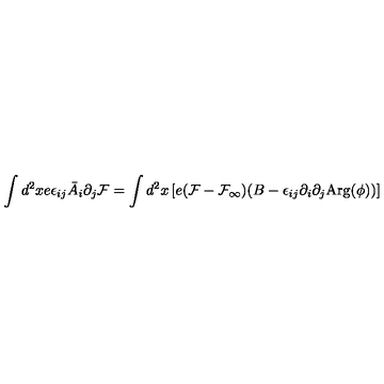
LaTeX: \int d ^ { 2 } x e \epsilon _ { i j } \bar { A } _ { i } \partial _ { j } { \cal F } = \int d ^ { 2 } x \left[ e ( { \cal F } - { \cal F _ { \infty } } ) ( B - \epsilon _ { i j } \partial _ { i } \partial _ { j } \mathrm { A r g } ( \phi ) ) \right]